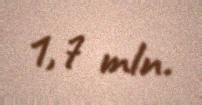
1,7 mln.